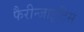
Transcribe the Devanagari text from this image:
फैरीन्जाइटिस